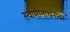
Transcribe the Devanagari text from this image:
स्वामीनाथनांवर